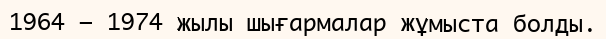
1964 — 1974 жылы шығармалар жұмыста болды.